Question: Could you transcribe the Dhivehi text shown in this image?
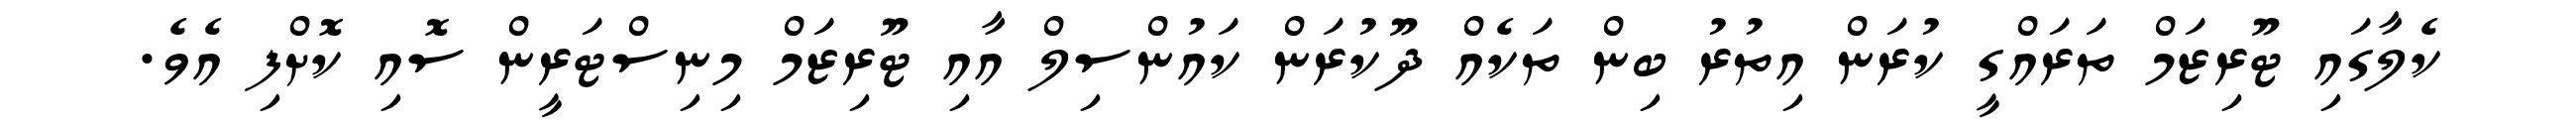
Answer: ކެލާގައި ޓޫރިޒަމް ތަރައްގީ ކުރަން އިތުރު ބިން ތަކެއް ދޫކުރަން ކައުންސިލް އާއި ޓޫރިޒަމް މިނިސްޓަރީން ސޮއި ކޮށްފި އެވެ.